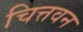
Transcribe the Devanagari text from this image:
चित्तवन